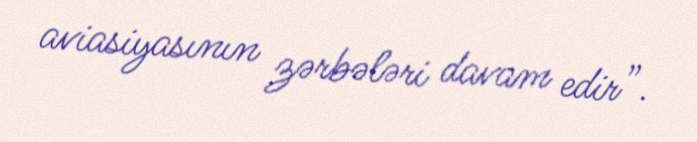
aviasiyasının zərbələri davam edir”.